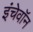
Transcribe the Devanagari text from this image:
इंचेवॉन